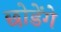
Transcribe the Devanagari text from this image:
छोडेंगे